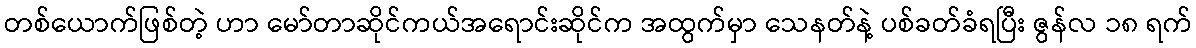
တစ်ယောက်ဖြစ်တဲ့ ဟာ မော်တာဆိုင်ကယ်အရောင်းဆိုင်က အထွက်မှာ သေနတ်နဲ့ ပစ်ခတ်ခံရပြီး ဇွန်လ ၁၈ ရက်